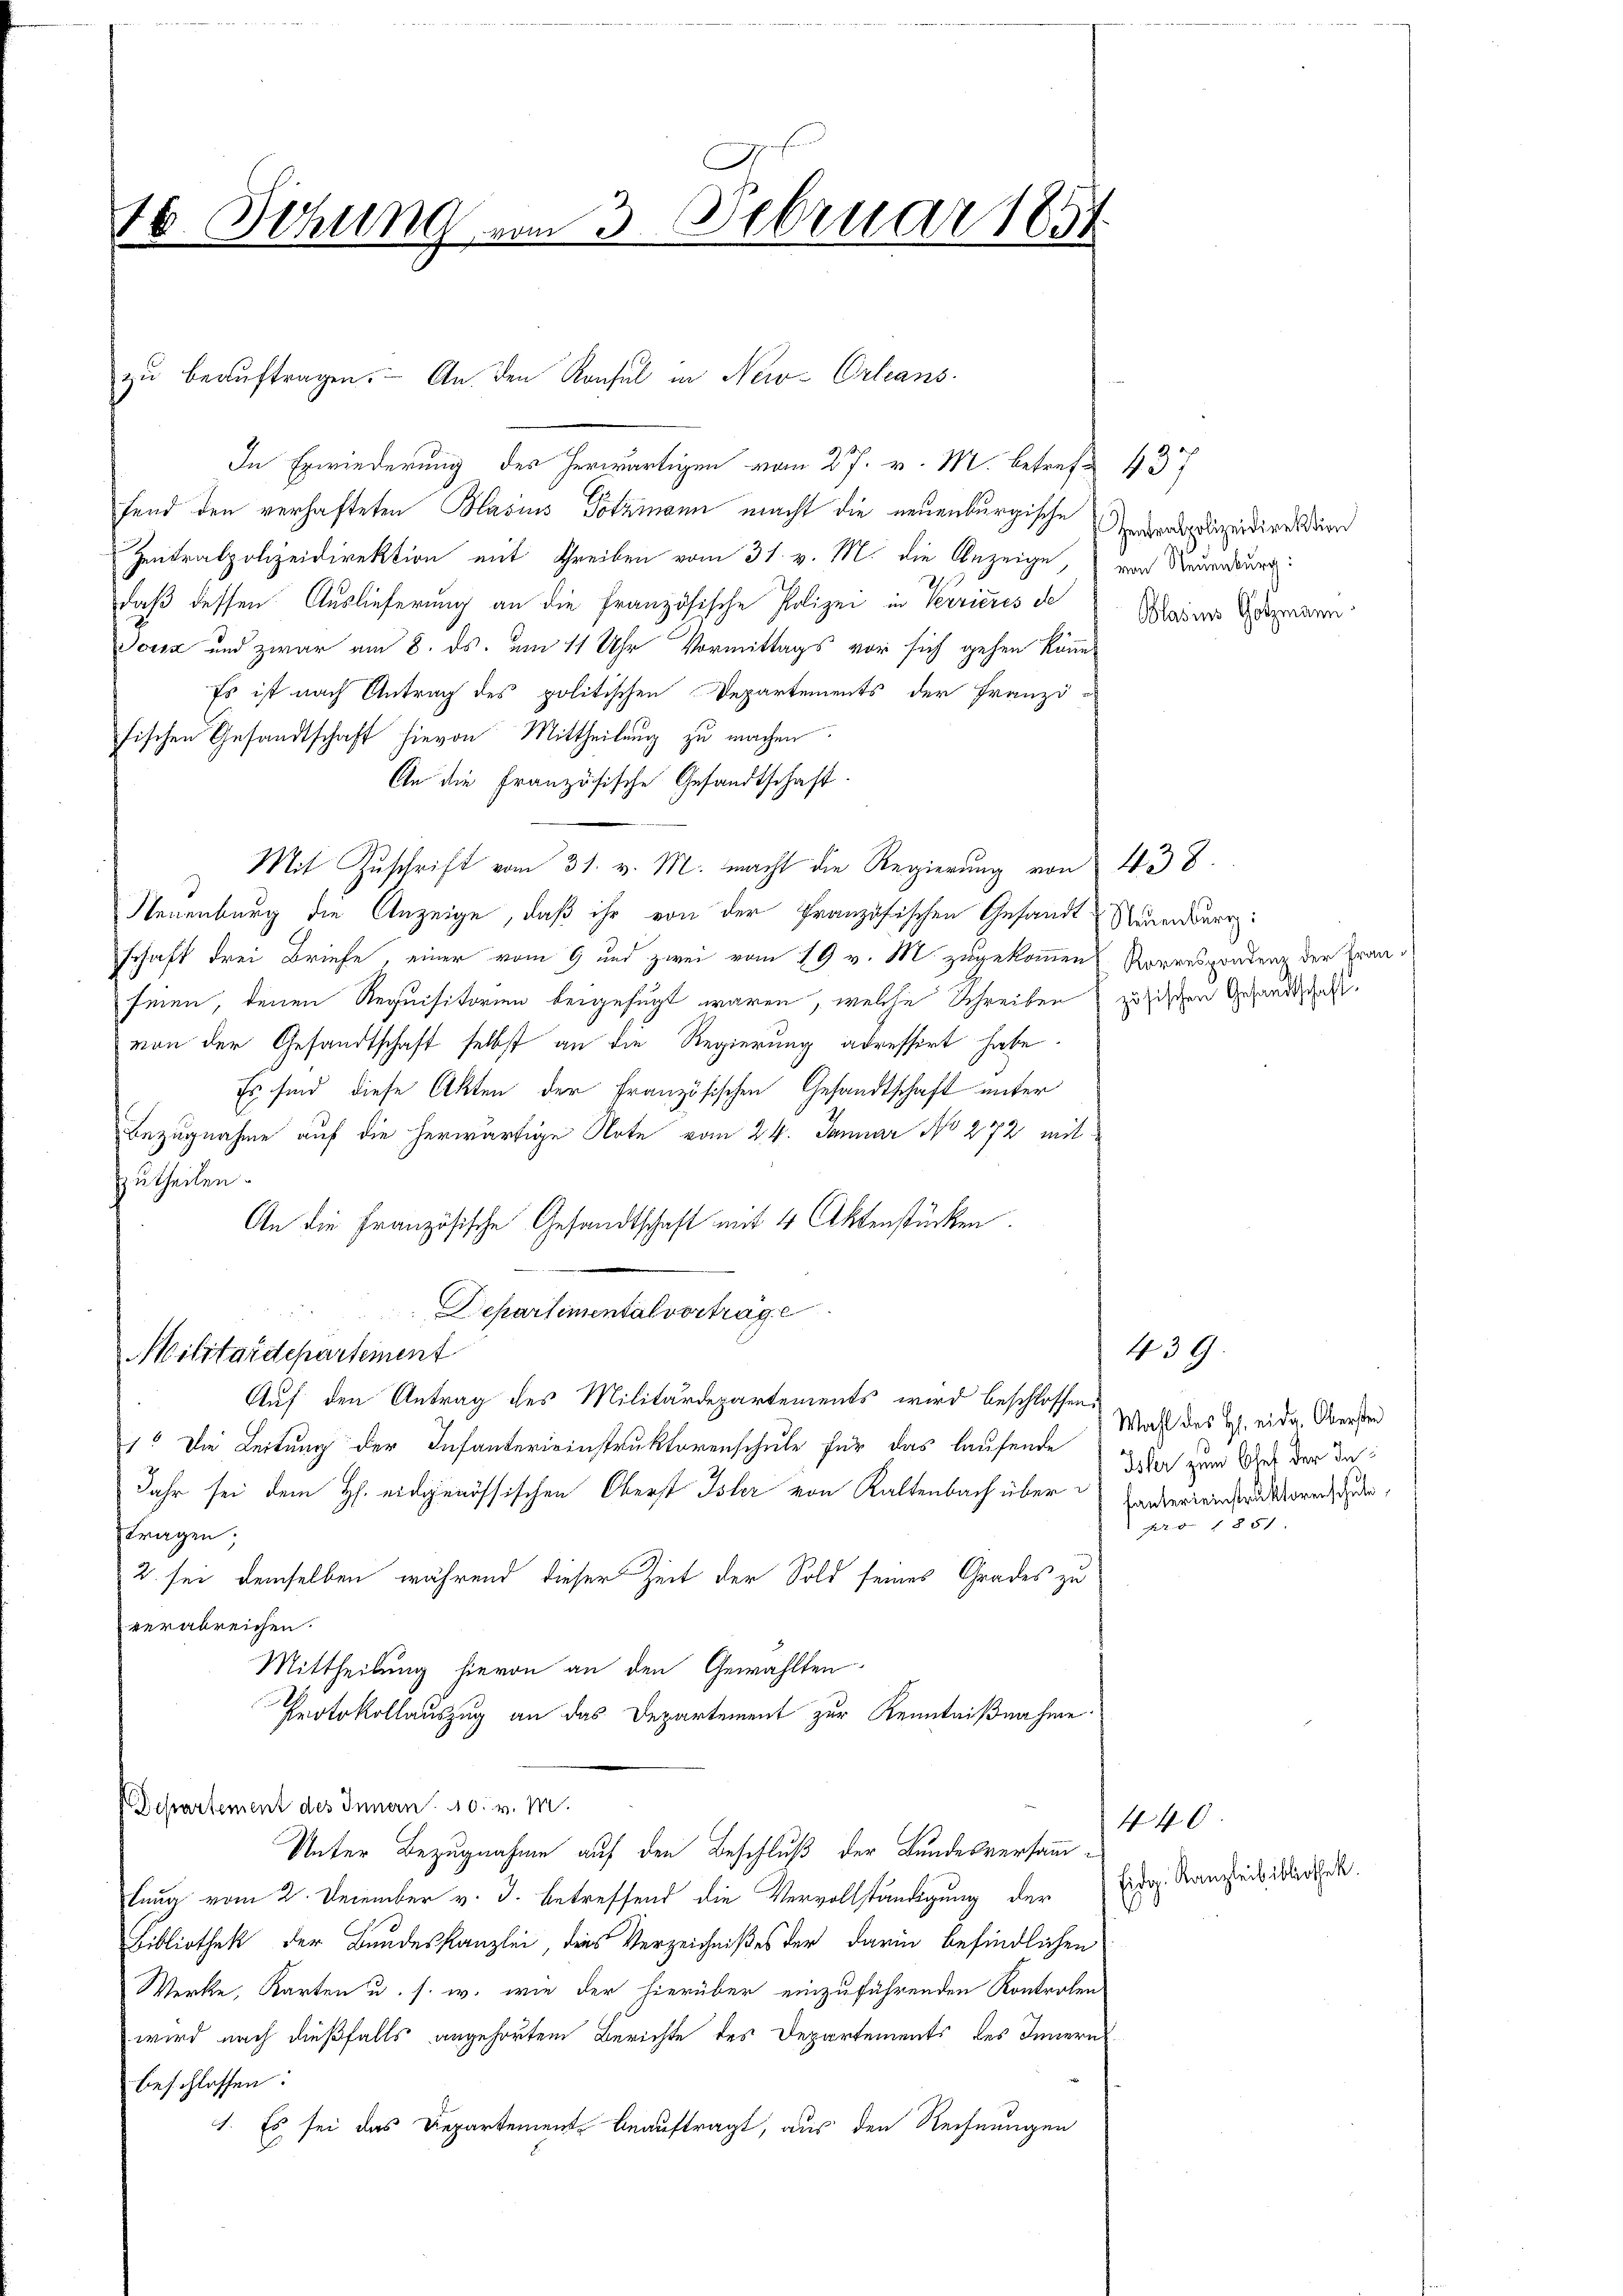
10 Dehung vom 3. Februar 1851

In Erwiederung des Herrn vom 27. v. M. betref 437
fend den verhafteten Blasius Totzmann macht die neuenburgische
Zentralpolizeidirektion mit Schreiben vom 31. v. M. die Anzeige, von Neuenburg:
daß dessen Auslieferung an die Französische Polizei in Verrieres de
Joux und zwar am 8. ds. um 11 Uhr Vormittags vor sich gehen könn
Es ist nach Antrag des politischen Departements der Franzi-
fischen Gesandtschaft hievon Mittheilung zu machen:
An die Französische Gesandtschaft.
Mit Zuschrift vom 31. v. M. macht die Regierung von 438.
Neuenburg die Anzeige, daß ihr von der Französischen Gesandt Neuenburg:
schaft drei Briefe einer vom 9 und zwei vom 19 v. M. zugekommen Korrespondenz der Franseien, denen Requisitorien beigefügt waren, welche Schreiben zusischen Gesandtschaft
von der Gesandtschaft selbst an die Regierung adressirt habe.
Es sind diese Akten der Französischen Gesandtschaft unter
Bezugnahme auf die herwärtige Note vom 24. Januar No 272 mit-
zutheilen.
An die Französische Gesandtschaft mit 4 Aktenstücken.
Departimental vorträge
Militärdepartement
Auf den Antrag des Militärdepartements wird beschlossen:
1. Die Leitung der Infanterieinstruktorenschule für das laufende
Jahr sei dem Hs. eidgenössischen Oberst Isler von Kaltenbach über Endereinstruktoren der
tragen;
2. sei demselben während dieser Zeit der Sold seines Grades zu
verabreichen.
Mittheilung hievon an den Gewählten.
Protokollauszug an das Departement zur Kenntnißnahme
Departement des Innern 10. v. M.
Unter Bezugnahme auf den Beschluß der Bundesversammlung vom 2. December v. J. betreffend die Vervollständigung der
Bibliothek der Bundeskanzlei, dies Verzeichnißes der darin befindlichen
Werke, Karten u. s. w. wie der hierüber einzuführenden Kontrolen
wird nach dießfalls angehörten Berichte des Departements des Innern
beschlossen:
1. Es sei das Departement beauftragt, aus den Rechnungen

zŭ beaŭftragen. An den Konsul in New-Orleans

Zentralpolizeidirektion
Blasius Gotzmann.

Wahl des Hs. eidg. Obersten
Isler zum Blef der Inrs 1851

439.

440
Eidg. Kanzleibibliothek.